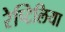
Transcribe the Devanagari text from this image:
रेप्टिलिया